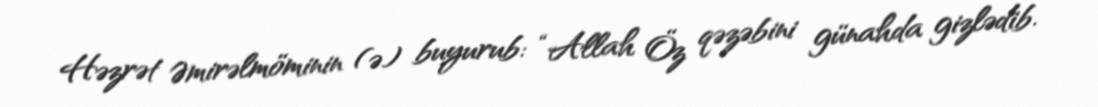
Həzrət Əmirəlmöminin (ə) buyurub: “Allah Öz qəzəbini günahda gizlədib.